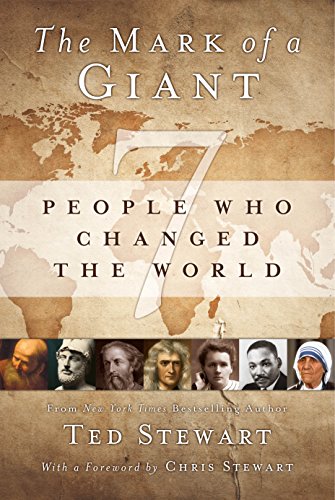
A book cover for Mark of a Giant: Seven People Who Changed the World; Ted Stewart; Biographies & Memoirs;